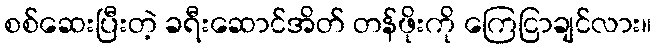
စစ်ဆေးပြီးတဲ့ ခရီးဆောင်အိတ် တန်ဖိုးကို ကြေငြာချင်လား။